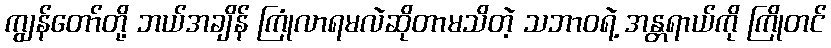
ကျွန်တော်တို့ ဘယ်အချိန် ကြုံလာရမလဲဆိုတာမသိတဲ့ သဘာဝရဲ့ အန္တရာယ်ကို ကြိုတင်